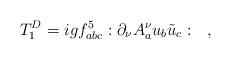
LaTeX: \begin{align*}T_1^{D} = igf^{5}_{abc}:\partial_\nu A^\nu_a u_b \tilde{u}_c: \quad , \end{align*}